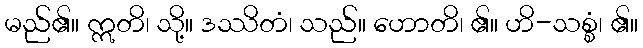
မည်၏။ ဣတိ၊ သို့။ ဒဿိတံ၊ သည်။ ဟောတိ၊ ၏။ ဟိ-သစ္စံ၊ ၏။